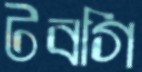
টবগি